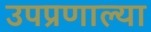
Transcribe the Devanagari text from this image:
उपप्रणाल्या